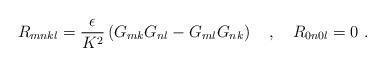
LaTeX: \begin{align*}R_{mnkl} = \frac{\epsilon}{K^2} \left( G_{mk} G_{nl} - G_{ml} G_{nk} \right) \ \ \ ,\ \ \ R_{0n0l} = 0 \ .\end{align*}